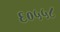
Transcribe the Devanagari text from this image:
६०५५८